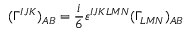
( \Gamma ^ { I J K } ) _ { A B } = \frac { i } { 6 } \varepsilon ^ { I J K L M N } ( \Gamma _ { L M N } ) _ { A B }